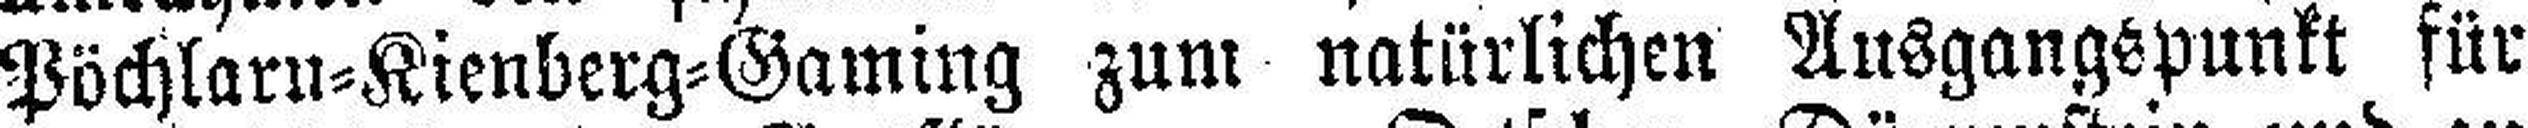
Pöchlarn=Kienberg=Gaming zum natürlichen Ausgangspunkt für